Scottish Certificate of Education, 1962
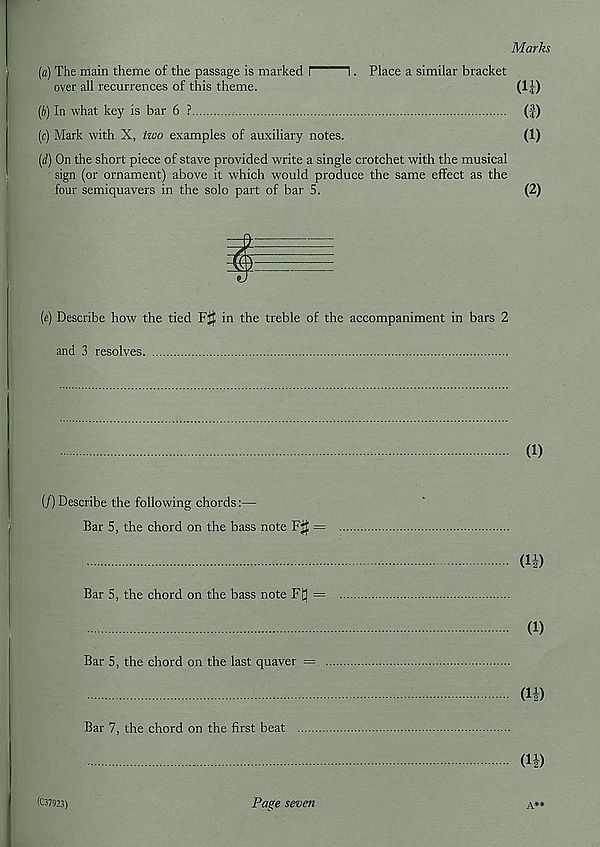
Marks
(a) The main theme of the passage is marked I
i. Place a similar bracket
over all recurrences of this theme.
(11)
(b) In what key is bar 6 ?
(f)
(c) Mark with X, tzvo examples of auxiliary notes.
(1)
(d) On the short piece of stave provided write a single crotchet with the musical
sign (or ornament) above it which would produce the same effect as the
four semiquavers in the solo part of bar 5.
(2)
(e) Describe how the tied FJf in the treble of the accompaniment in bars 2
and 3 resolves
(1)
(/) Describe the following chords:—
Bar 5, the chord on the bass note F$ =
(ID
Bar 5, the chord on the bass note Ft] =
(1)
Bar 5, the chord on the last quaver =
(ID
Bar 7, the chord on the first beat
(ID
(037923)
Page seven
A**